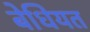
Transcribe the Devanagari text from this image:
बेधियत